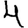
Digit: 4